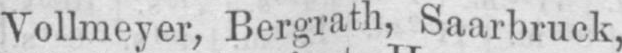
Vollmeyer, Bergrath, Saarbruck,